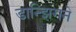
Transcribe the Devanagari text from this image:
डान्झिगने